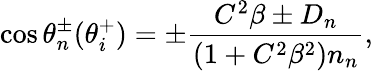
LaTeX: \cos\theta_{n}^{\pm}(\theta_{i}^{+})=\pm\frac{C^{2}\beta\pm D_{n}}{(1+C^{2}\beta^{2})n_{n}},